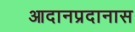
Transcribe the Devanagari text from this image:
आदानप्रदानास